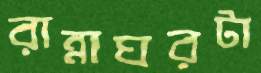
রান্নাঘরটা